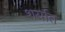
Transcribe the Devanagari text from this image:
शर्यात